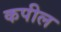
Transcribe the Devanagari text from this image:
कपील